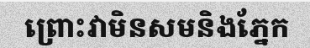
ព្រោះវាមិនសមនិងភ្នែក